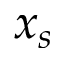
x _ { s }